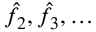
\hat { f } _ { 2 } , \hat { f } _ { 3 } , \ldots